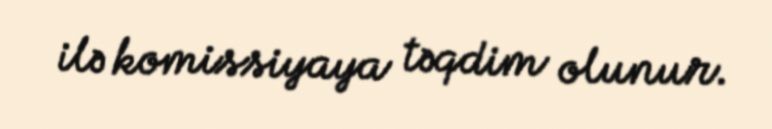
ilə komissiyaya təqdim olunur.